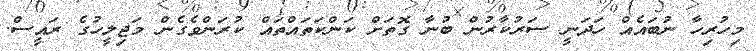
މިހުރިހާ ނުބައެއް ހަދަނީ ސަރުކާރުން ބުނާ ގޮތަށް ކަންކަތައްތައް ކުރަންވެގެން މަޖިލީހުގެ ރައީސް.